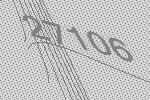
27106